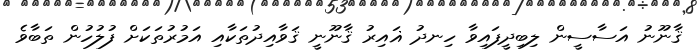
ޤާނޫނު އަސާސީން ލިބިދީފައިވާ ހިނދު ޣައިރު ޤާނޫނީ ޤަވާއިދުތަކާއި އަމުރުތަކަށް ފުލުހުން ތަބާވެ